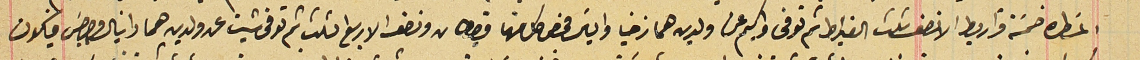
المسَطره خمسَة قراريط الا نصف ثلث القيراط ثم توفى واكيم عن ولدين هما زخيا والياسَ فخص كل منهما قيراطان ونصف الا ربع الثلث ثم توفى شيت عن ولدين هما دانيال وجرجسَ فيكون